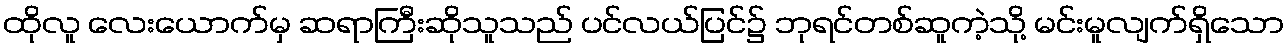
ထိုလူ လေးယောက်မှ ဆရာကြီးဆိုသူသည် ပင်လယ်ပြင်၌ ဘုရင်တစ်ဆူကဲ့သို့ မင်းမူလျက်ရှိသော